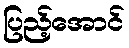
ပြည့်အောင်